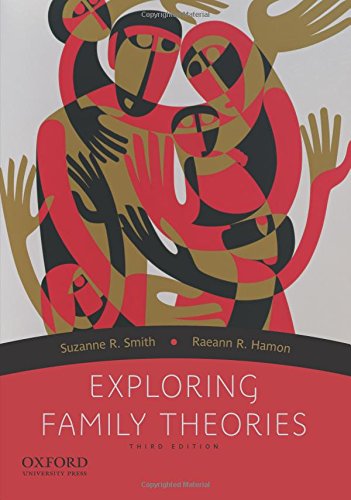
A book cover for Exploring Family Theories; Suzanne R. Smith; Politics & Social Sciences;